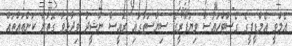
އެމްވީ އެމްޑީޕީގެ ގެސްޓްހައުސް ވިޔަފާރީގެ ސިޔާސަތުގައި ރައީސް ނަޝީދު ވިދާޅުވާ ގޮތަށް ކަންތައްތައް